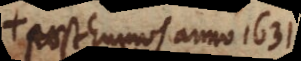
posthumos anno 1631.